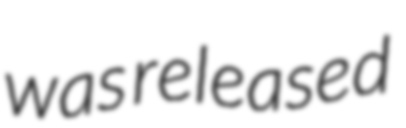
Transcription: was released